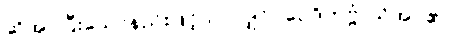
ဆိုအပ်ပြီးသောနည်းဖြင့်သာလျှင်။ ဝေဒိတဗ္ဗံ၊ သိအပ်၏။